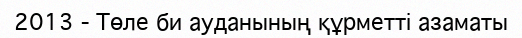
2013 - Төле би ауданының құрметті азаматы